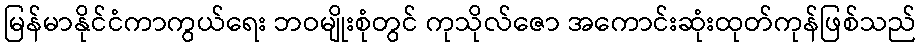
မြန်မာနိုင်ငံကာကွယ်ရေး ဘဝမျိုးစုံတွင် ကုသိုလ်ဇော အကောင်းဆုံးထုတ်ကုန်ဖြစ်သည်